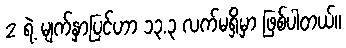
2 ရဲ့ မျက်နှာပြင်ဟာ ၁၃.၃ လက်မရှိမှာ ဖြစ်ပါတယ်။